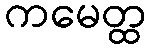
ကမေတ္ထ